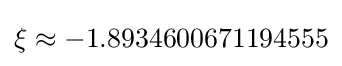
\xi \approx -1.8934600671194555